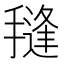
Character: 𭢊